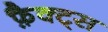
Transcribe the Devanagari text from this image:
फ़ैक्ट्स